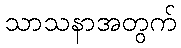
သာသနာအတွက်